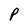
Character: P